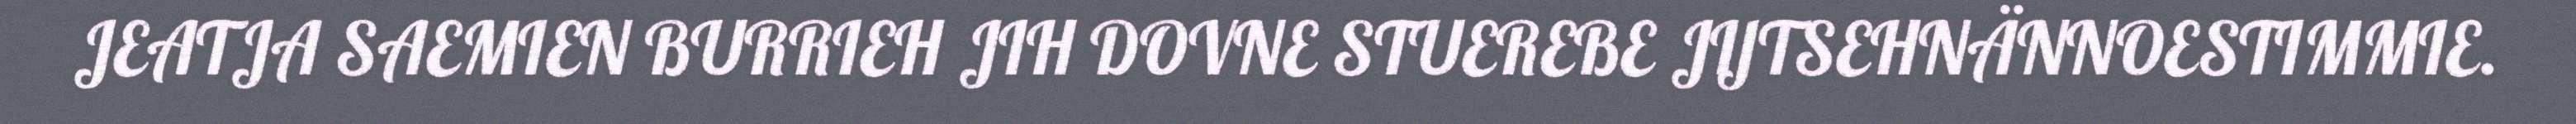
JEATJA SAEMIEN BURRIEH JIH DOVNE STUEREBE JIJTSEHNÄNNOESTIMMIE.